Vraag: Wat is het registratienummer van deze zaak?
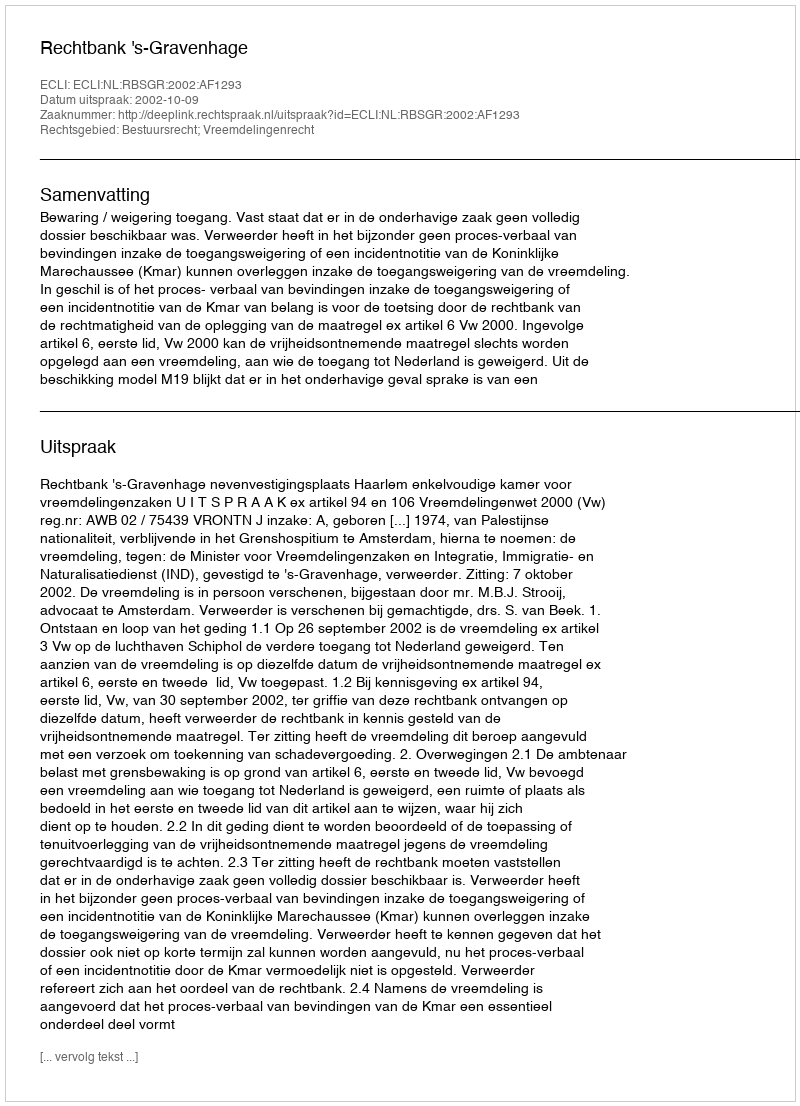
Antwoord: http://deeplink.rechtspraak.nl/uitspraak?id=ECLI:NL:RBSGR:2002:AF1293